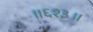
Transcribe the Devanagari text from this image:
॥६१३॥